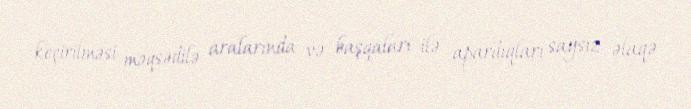
keçirilməsi məqsədilə aralarında və başqaları ilə apardıqları saysız əlaqə